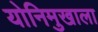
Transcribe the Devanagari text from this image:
योनिमुखाला